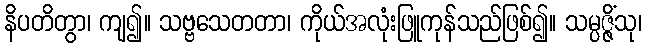
နိပတိတွာ၊ ကျ၍။ သဗ္ဗသေတတာ၊ ကိုယ်အလုံးဖြူကုန်သည်ဖြစ်၍။ သမ္ပဇ္ဇိံသု၊